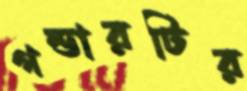
গন্ডারটির